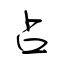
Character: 占